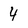
Character: 4